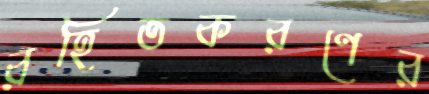
রহিতকরণের